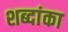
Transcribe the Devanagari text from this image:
शब्दांका